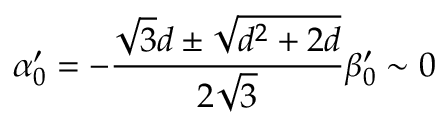
\alpha _ { 0 } ^ { \prime } = - { \frac { \sqrt { 3 } d \pm \sqrt { d ^ { 2 } + 2 d } } { 2 \sqrt { 3 } } } \beta _ { 0 } ^ { \prime } \sim 0